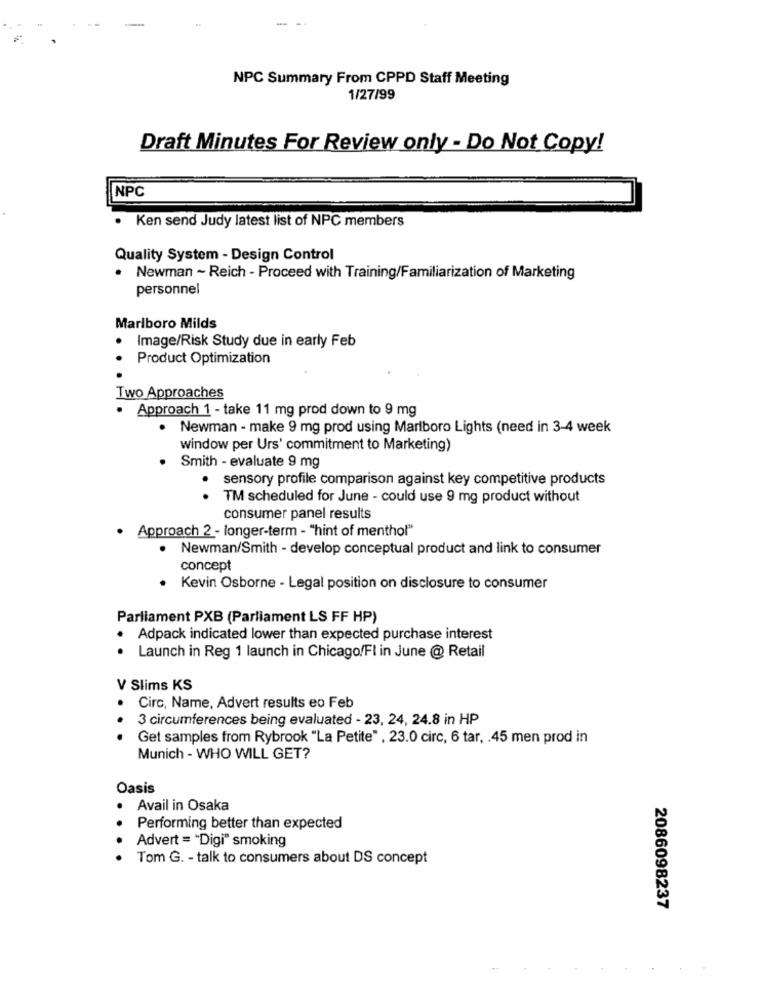
-
NPC Summary From CPPD Staff Meeting
1/27/99
Draft Minutes For Review only - Do Not Copy!
NPC
· Ken send Judy latest list of NPC members
Quality System - Design Control
· Newman ~ Reich - Proceed with Training/Familiarization of Marketing
personnel
Marlboro Milds
.
Image/Risk Study due in early Feb
Product Optimization
Two Approaches
· Approach 1 - take 11 mg prod down to 9 mg
. Newman - make 9 mg prod using Marlboro Lights (need in 3-4 week
window per Urs' commitment to Marketing)
Smith - evaluate 9 mg
sensory profile comparison against key competitive products
..
TM scheduled for June - could use 9 mg product without
consumer panel results
· Approach 2 - longer-term - "hint of menthol"
Newman/Smith - develop conceptual product and link to consumer
concept
Kevin Osborne - Legal position on disclosure to consumer
Parliament PXB (Parliament LS FF HP)
Adpack indicated lower than expected purchase interest
..
Launch in Reg 1 launch in Chicago/Fl in June @ Retail
V Slims KS
Circ, Name, Advert results eo Feb
3 circumferences being evaluated - 23, 24, 24.8 in HP
Get samples from Rybrook "La Petite" , 23.0 circ, 6 tar, . 45 men prod in
Munich - WHO WILL GET?
Oasis
.
Avail in Osaka
Performing better than expected
Advert = "Digi" smoking
Tom G. - talk to consumers about DS concept
2086098237